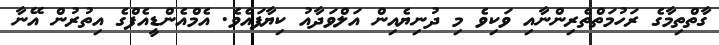
ގާތްތިމާގެ ރަހުމަތްތެރިންނާއި ވަކިވެ މި ދުނިޔެއިން އަލްވަދާއު ކިޔާފައެވެ. އެމްއެންޑީއެފްގެ އިތުރުން އޭނާ